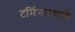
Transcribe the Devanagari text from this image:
टर्मिनलमध्ये